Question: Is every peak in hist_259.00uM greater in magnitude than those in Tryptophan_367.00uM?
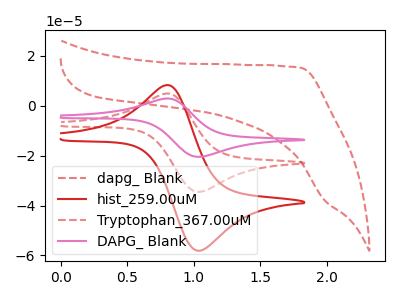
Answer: <think>The red dashed curve "dapg_ Blank" has no peaks. The red curve "hist_259.00uM" has an anodic peak at (0.80V, 8.30uA) and a cathodic peak at (1.05V, -58.15uA). The red dashed curve "Tryptophan_367.00uM" has an anodic peak at (0.80V, 4.90uA) and a cathodic peak at (1.05V, -34.50uA). The pink curve "DAPG_ Blank" has an anodic peak at (0.80V, 9.85uA) and a cathodic peak at (1.05V, -69.00uA).</think>
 <answer>Every peak in "hist_259.00uM" is higher than every peak in "Tryptophan_367.00uM".</answer>
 <eval>higher</eval>